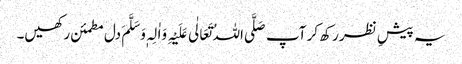
یہ پیشِ نظر رکھ کر آپ صَلَّی اللہُ تَعَالٰی عَلَیْہِ وَاٰلِہٖ وَسَلَّمَ دل مطمئن رکھیں۔